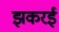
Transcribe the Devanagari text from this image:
झकरई